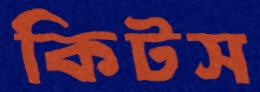
কিটস